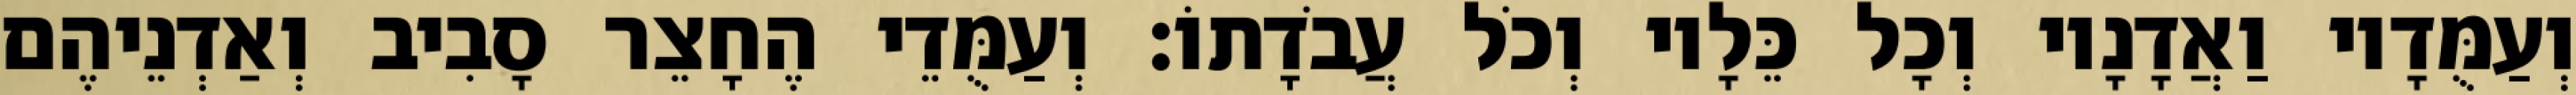
וְעַמֻּדָיו וַאֲדָנָיו וְכָל כֵּלָיו וְכֹל עֲבֹדָתוֹ׃ וְעַמֻּדֵי הֶחָצֵר סָבִיב וְאַדְנֵיהֶם